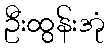
ဦးထွန်းအုံ